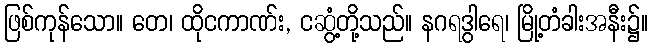
ဖြစ်ကုန်သော။ တေ၊ ထိုငကာဏ်း, ငဆွံ့တို့သည်။ နဂရဒွါရေ၊ မြို့တံခါးအနီး၌။